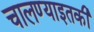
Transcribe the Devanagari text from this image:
चालण्याइतकी